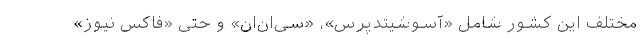
مختلف این کشور شامل «آسوشیتدپرس»، «سی‌اِن‌اِن» و حتی «فاکس نیوز»